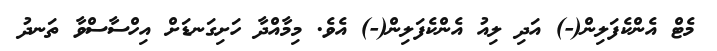
މެޓް އެންކެފަލިން(-) އަދި ލިއު އެންކެފަލިން(-) އެވެ. މިމާއްދާ ހަށިގަނޑަށް އިހްސާސްވާ ތަނދު